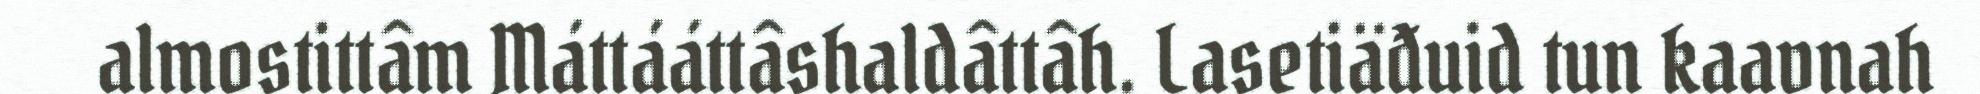
almostittâm Máttááttâshaldâttâh. Lasetiäđuid tun kaavnah